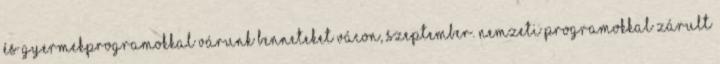
és gyermekprogramokkal várunk benneteket Vácon, szeptember. Nemzeti programokkal zárult